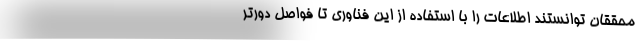
محققان توانستند اطلاعات را با استفاده از این فناوری تا فواصل دورتر